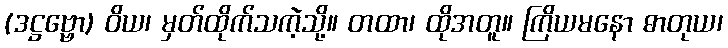
(ဒဋ္ဌဗ္ဗော) ဝိယ၊ မှတ်ထိုက်သကဲ့သို့။ တထာ၊ ထိုအတူ။ ကြိယမနော ဓာတုယ၊